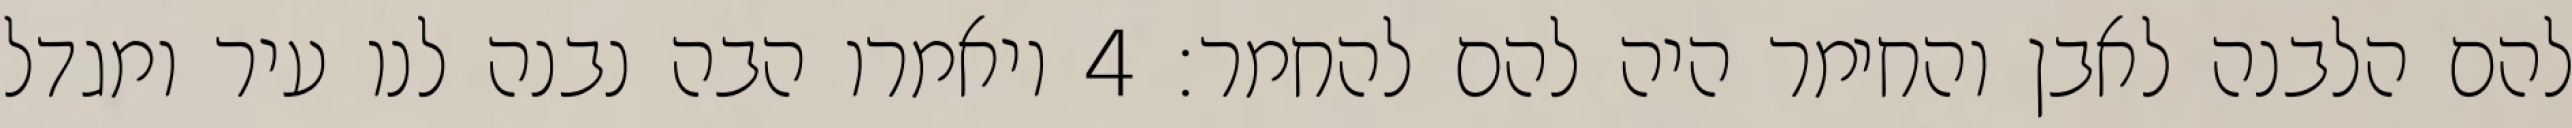
להם הלבנה לאבן והחימר היה להם להחמר׃ ‎4‏ ויאמרו הבה נבנה לנו עיר ומגדל